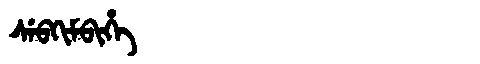
Manchu: ᠰᡝᠪᡴᡳᠮᠪᡳᡥᡝ
Romanization: SEBKIMBIHE